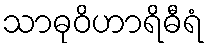
သာဓုဝိဟာရိဓီရံ